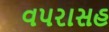
વપરાસહ